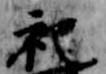
祀